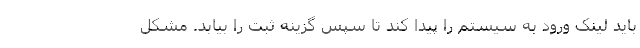
باید لینک ورود به سیستم را پیدا کند تا سپس گزینه ثبت را بیابد. مشکل